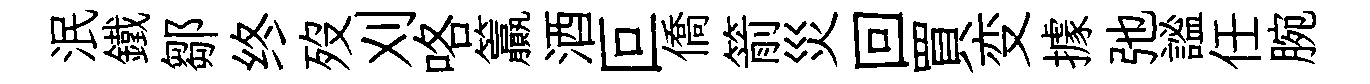
泯鐵鄒终歿刈咯籯酒叵僑箭災回買变據弛謐任腕